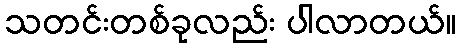
သတင်းတစ်ခုလည်း ပါလာတယ်။